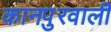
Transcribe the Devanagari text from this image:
कानपुरवाली